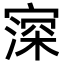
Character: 𡪜